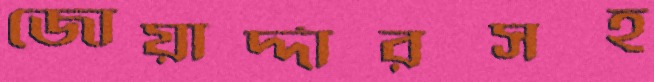
জোয়ার্দ্দারসহ